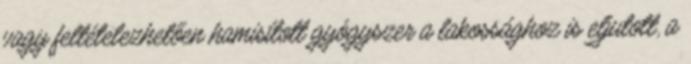
vagy feltételezhetően hamisított gyógyszer a lakossághoz is eljutott, a